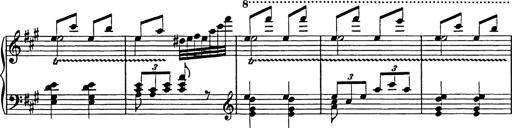
Title: Galop in A minor
Composer: Franz Liszt
Key: A minor